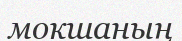
мокшаның